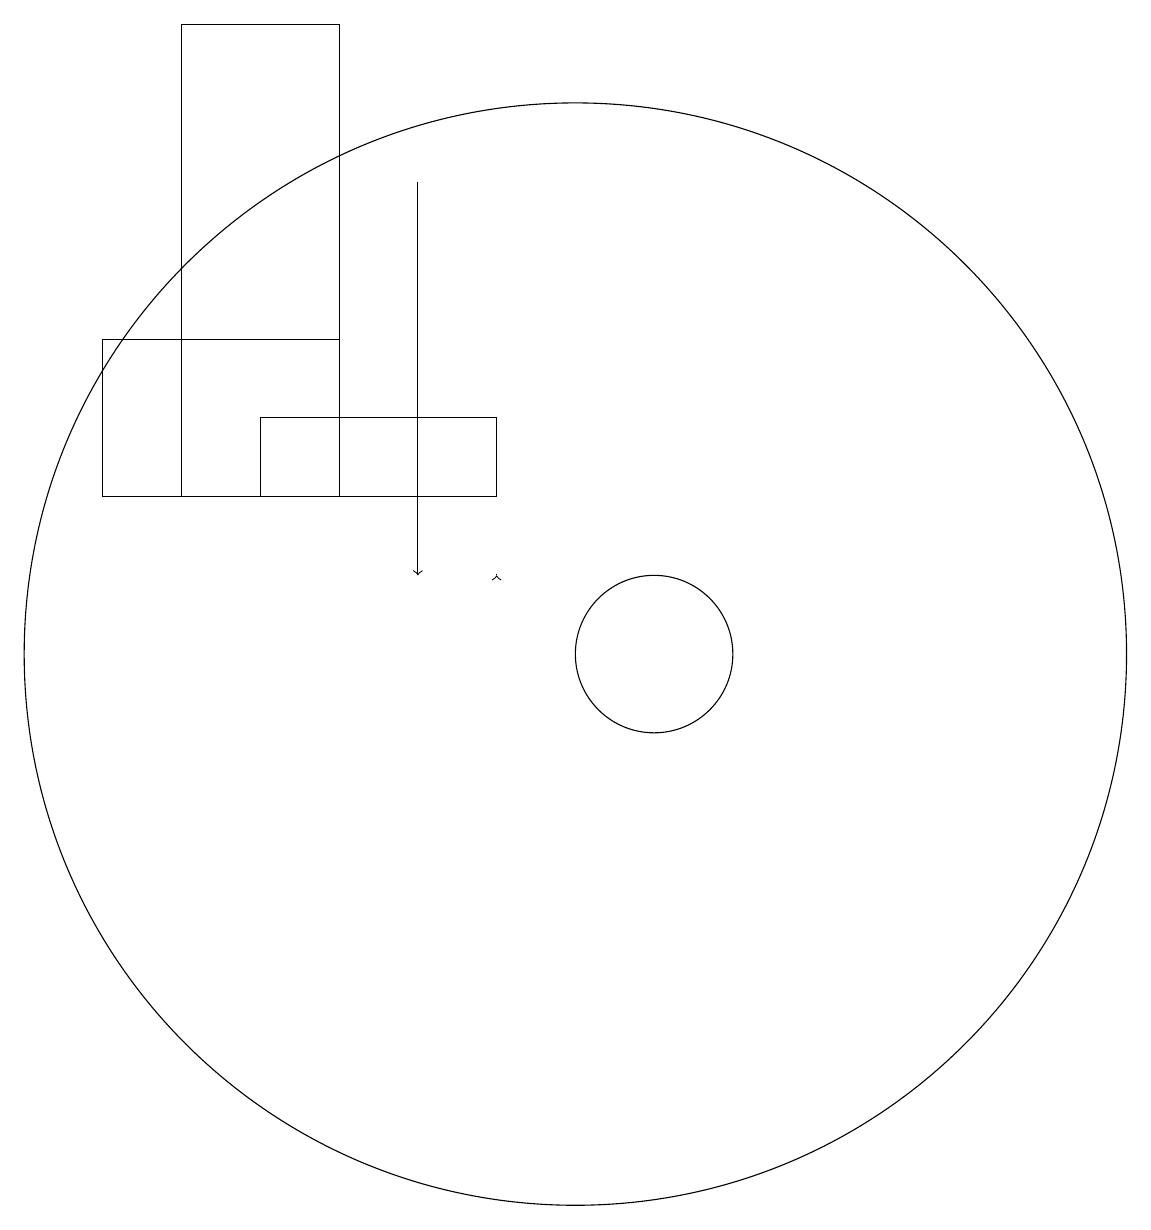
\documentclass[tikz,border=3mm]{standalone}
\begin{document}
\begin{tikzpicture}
\draw (10,11) circle (7);
\draw (5,19) rectangle (7,13);
\draw[->] (8,17) -- (8,12);
\draw (6,14) rectangle (9,13);
\draw (7,15) rectangle (4,13);
\draw (11,11) circle (1);
\draw[->] (9,12) -- (9,12);
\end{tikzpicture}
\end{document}